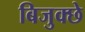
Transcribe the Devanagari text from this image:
बिजुक्छे